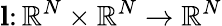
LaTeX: \mathbf{l}\colon\mathbb{R}^{N}\times\mathbb{R}^{N}\to\mathbb{R}^{N}